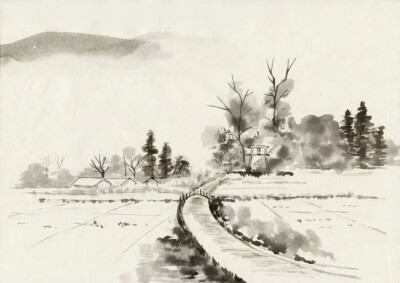
自与东君作别，刬地无聊。